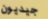
جيديون